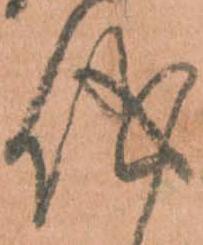
儀